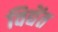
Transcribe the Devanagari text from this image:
विद्येंत